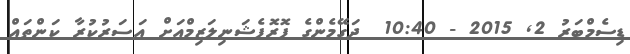
ޑިސެމްބަރު 2